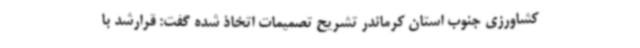
کشاورزی جنوب استان کرماندر تشریح تصمیمات اتخاذ شده گفت: قرارشد با